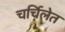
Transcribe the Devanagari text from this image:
चर्चिलेत